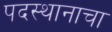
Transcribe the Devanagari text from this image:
पदस्थानाचा